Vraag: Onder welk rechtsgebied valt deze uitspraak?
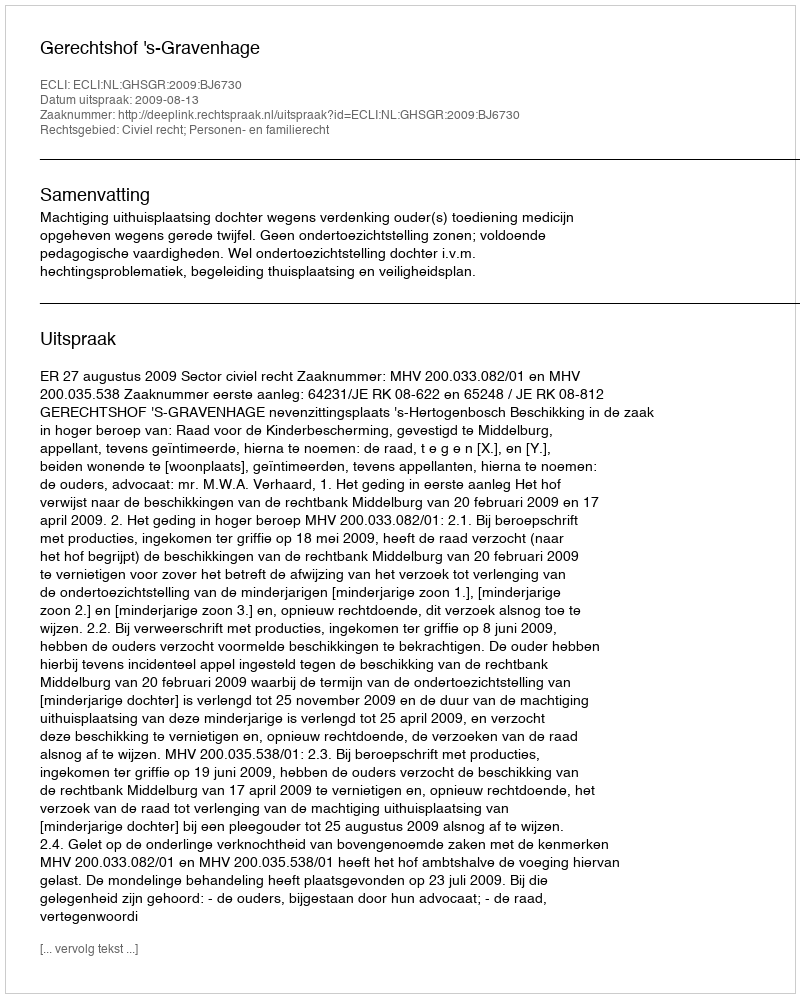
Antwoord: Civiel recht; Personen- en familierecht